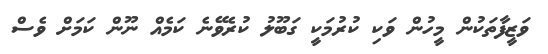
ވަޒީފާތަކުން މީހުން ވަކި ކުރުމަކީ ގަބޫލު ކުރެވޭނެ ކަމެއް ނޫން ކަމަށް ވެސް